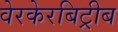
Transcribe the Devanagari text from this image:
वेरकेरबिट्रीब